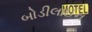
બોડીલાઈન